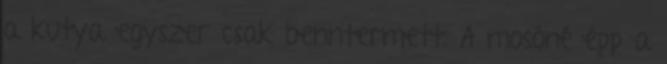
a kutya egyszer csak benntermett. A mosóné épp a